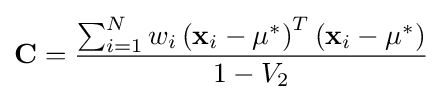
\mathbf {C} ={\frac {\sum _{i=1}^{N}w_{i}\left(\mathbf {x} _{i}-\mu ^{*}\right)^{T}\left(\mathbf {x} _{i}-\mu ^{*}\right)}{1-V_{2}}}